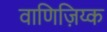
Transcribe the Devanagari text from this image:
वाणिज़िय्क